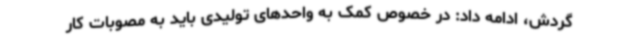
گردش، ادامه داد: در خصوص کمک به واحدهای تولیدی باید به مصوبات کار